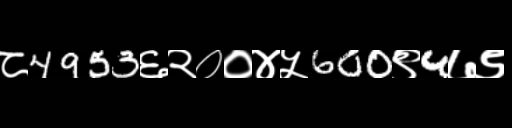
Text: ८4953६२००४५600९4७९